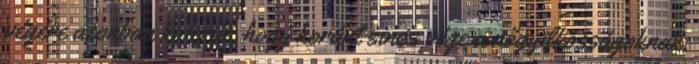
végére azonban kiderül, hogy koránt sincs vége a nőgyilkosságoknak,